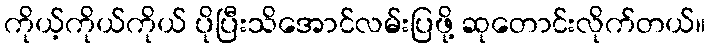
ကိုယ့်ကိုယ်ကိုယ် ပိုပြီးသိအောင်လမ်းပြဖို့ ဆုတောင်းလိုက်တယ်။